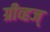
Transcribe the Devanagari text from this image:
ग्रीव्हज्